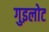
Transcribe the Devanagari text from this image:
गुइलोट